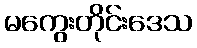
မကွေးတိုင်းဒေသ